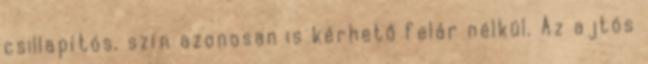
csillapítós, szín azonosan is kérhető felár nélkül. Az ajtós